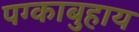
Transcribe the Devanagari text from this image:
पग्काबुहाय